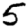
Digit: 5